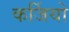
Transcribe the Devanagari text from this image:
कर्जियो